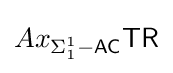
Ax_{\Sigma _{1}^{1}{\mathsf {-AC}}}{\mathsf {TR}}